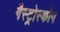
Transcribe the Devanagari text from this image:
गैस्ट्रोस्कोप